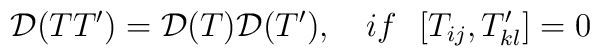
{\cal D}(TT')={\cal D}(T){\cal D}(T'),\ \ \ if \ \ [T_{ij},T'_{kl}]=0